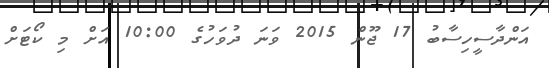
އަންދާސީހިސާބު 17 ޖޫން 2015 ވަނަ ދުވަހުގެ 10:00 އަށް މި ކޯޓަށް